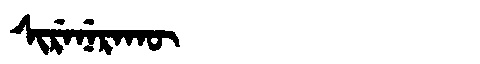
Manchu: ᠰᡳᡵᡝᠨᡝᡵᠠᡴᡡ
Romanization: SIRENERAKŪ